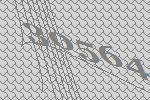
30564